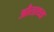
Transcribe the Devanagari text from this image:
औताथ्य